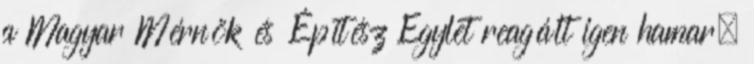
a Magyar Mérnök és Építész Egylet reagált igen hamar.